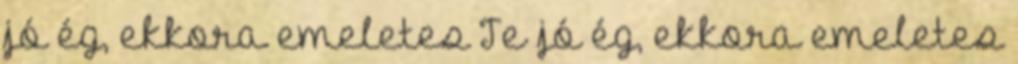
jó ég, ekkora emeletes Te jó ég, ekkora emeletes